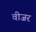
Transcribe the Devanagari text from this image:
वीजर